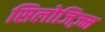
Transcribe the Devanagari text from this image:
सिलोजिज़्म